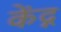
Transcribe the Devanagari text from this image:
केंद्ग